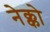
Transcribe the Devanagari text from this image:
नेक्को